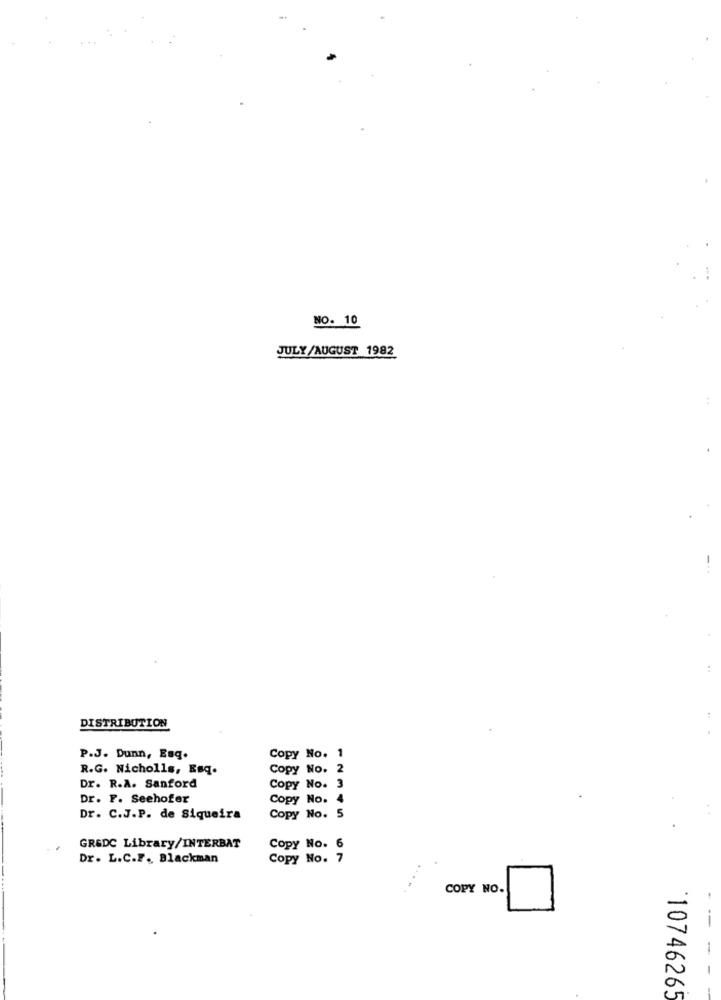
NO. 10
JULY/AUGUST 1982
DISTRIBUTION
P.J. Dunn, Eng.
Copy No. 1
R.G. Nicholls, Esq.
Copy No. 2
Dr. R.A. Sanford
Copy No. 3
Dr. F. Seehofer
Copy No.
Dr. C.J.P. de Siqueira
Copy No. 5
GR&DC Library/INTERBAT
Copy No. 6
Dr. L.C.F. Blackman
Copy No. 7
COPY NO.
--
10746265